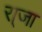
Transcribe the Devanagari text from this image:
रा्जा